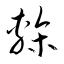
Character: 槧